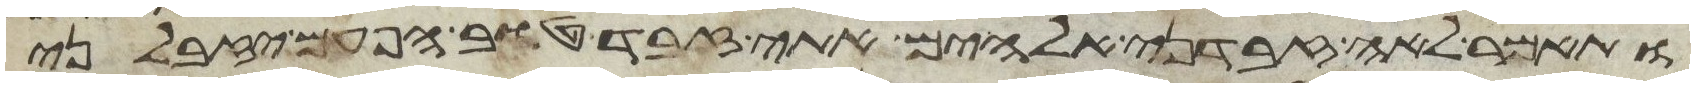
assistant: ותאמר לאה זבדני אלהים אתי זבד טוב הפעם יזבלני